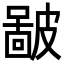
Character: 𥀚